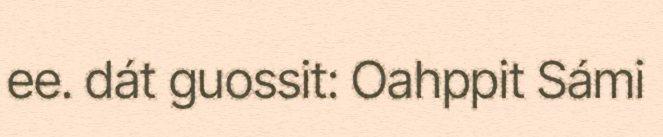
ee. dát guossit: Oahppit Sámi